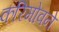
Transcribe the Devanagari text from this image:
करिमोवने